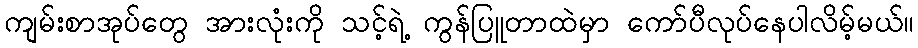
ကျမ်းစာအုပ်တွေ အားလုံးကို သင့်ရဲ့ ကွန်ပြူတာထဲမှာ ကော်ပီလုပ်နေပါလိမ့်မယ်။